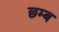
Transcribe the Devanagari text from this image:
छ्म्ब